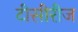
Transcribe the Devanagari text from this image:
टीसीरीज